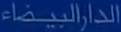
الدارالبيضاء